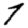
Digit: 7